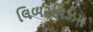
લિબરલિઝમ